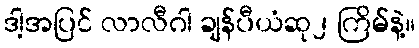
ဒါ့အပြင် လာလီဂါ ချန်ပီယံဆု၂ ကြိမ်နဲ့။